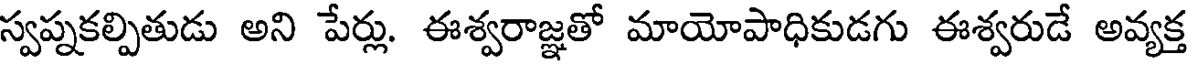
స్వప్నకల్పితుడు అని పేర్లు. ఈశ్వరాజ్ఞతో మాయోపాధికుడగు ఈశ్వరుడే అవ్యక్త